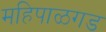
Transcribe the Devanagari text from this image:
महिपाळगड